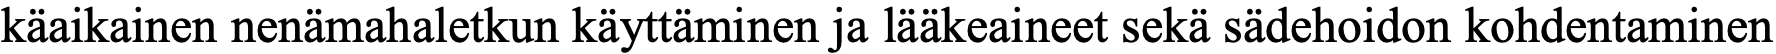
käaikainen nenämahaletkun käyttäminen ja lääkeaineet sekä sädehoidon kohdentaminen